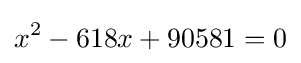
x^{2}-618x+90581=0